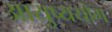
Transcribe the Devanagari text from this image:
आयुष्ययोग